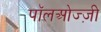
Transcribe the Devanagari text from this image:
पॉलओज्ज़ी